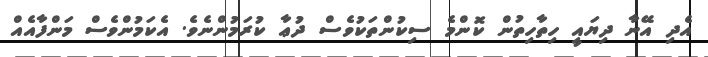
އެދި އޭނާ ދިޔައީ ހިތާހިތުން ކޮންމެ ސިކުންތަކުވެސް ދުޢާ ކުރަމުންނެވެ. އެކަމުންވެސް މަންފާއެއް